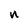
Character: n